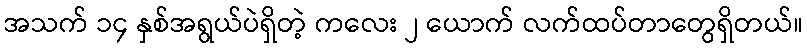
အသက် ၁၄ နှစ်အရွယ်ပဲရှိတဲ့ ကလေး ၂ ယောက် လက်ထပ်တာတွေရှိတယ်။